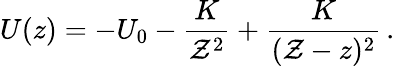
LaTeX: U(z)=-U_{0}-{\frac{K}{{\cal Z}^{2}}}+{\frac{K}{({\cal Z}-z)^{2}}}\, .